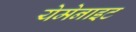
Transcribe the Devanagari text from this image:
येमेनाइट